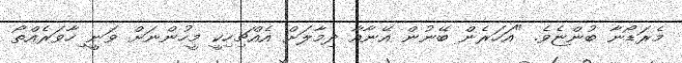
މެރަޑޯނާ ބުންޏެވެ. "އަހަރެން ބޭނުން އޭނާއާ ދިމާލަށް އެއްޗިހިކީ މީހުންނަށް ވަނީ ިހާވަރެއްތޯ